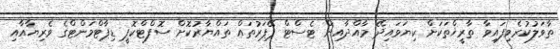
ތާވަލުކުރެވިފައިވާ ތާރީޚްތަކަށް ކިޔަވައިދޭ މާއްދާއިން ޓެސްޓް ޕޭޕަރުތައް ތައްޔާރުކޮށް ސޮފްޓްކޮޕީ ޑިޕާޓްމަންޓްގެ ވެރިޔާއާއި